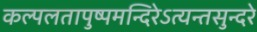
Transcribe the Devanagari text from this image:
कल्पलतापुष्पमन्दिरेऽत्यन्तसुन्दरे